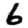
Digit: 6